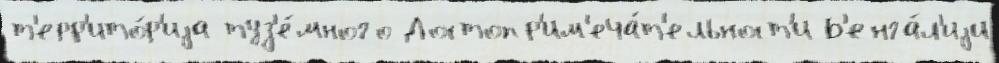
т'ерр'ито́р'иjа туз'е́много Достопр'им'еча́т'ельност'и Б'енга́л'иjи